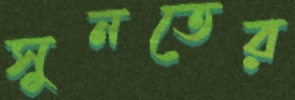
সুনতের